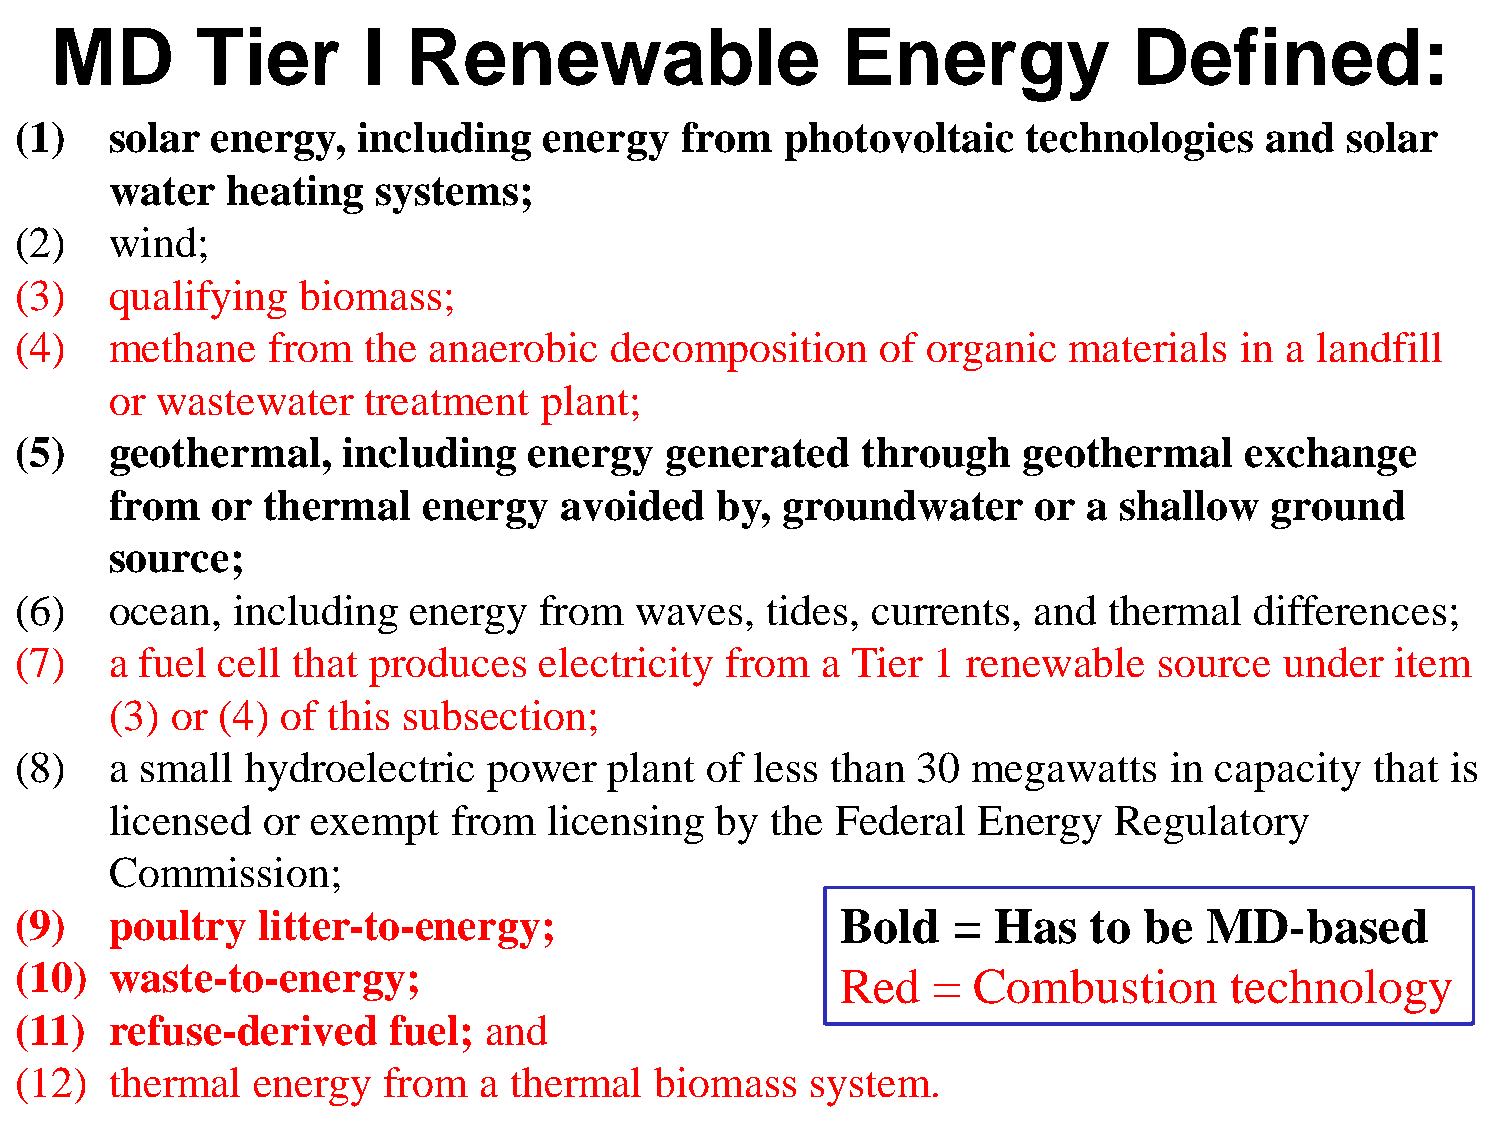
MD        Tier       I  Renewable                    Energy             Defined:
 (1)   solar  energy,   including   energy   from   photovoltaic    technologies    and  solar
 water   heating   systems;
 (2)   wind;
 (3)   qualifying   biomass;
 (4)   methane    from  the anaerobic   decomposition     of organic   materials  in a landfill
 or wastewater    treatment   plant;
 (5)   geothermal,     including   energy   generated    through    geothermal    exchange
 from   or thermal    energy   avoided   by,  groundwater     or  a shallow   ground
 source;
 (6)   ocean,  including   energy   from  waves,   tides, currents, and  thermal   differences;
 (7)   a fuel cell that produces    electricity from  a Tier  1 renewable    source  under  item
 (3) or (4)  of this subsection;
 (8)   a small  hydroelectric   power   plant  of less than  30 megawatts    in capacity   that is
 licensed  or  exempt   from  licensing  by  the Federal   Energy   Regulatory
 Commission;
 (9)   poultry   litter-to-energy;                      Bold   =  Has   to  be  MD-based
 (10)  waste-to-energy;                                 Red   = Combustion       technology
 (11)  refuse-derived     fuel; and
 (12)  thermal   energy  from   a thermal  biomass    system.